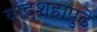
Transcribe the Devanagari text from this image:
बादशहापुढे